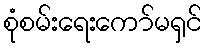
စုံစမ်းရေးကော်မရှင်